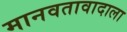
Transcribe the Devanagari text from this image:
मानवतावादाला